Reports on dispensaries and lunatic asylums in the Province of Oudh - 1869-1876
Year: 1869
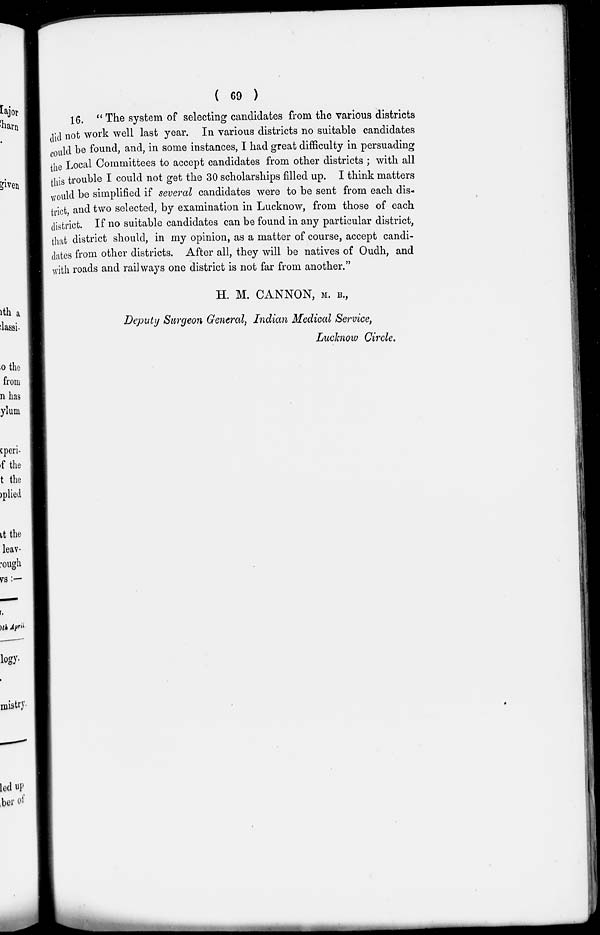
( 69 )
16. " The system of selecting candidates from the various districts
did not work well last year. In various districts no suitable candidates
could be found, and, in some instances, I had great difficulty in persuading
the Local Committees to accept candidates from other districts ; with all
this trouble I could not get the 30 scholarships filled up. I think matters
would be simplified if several candidates were to be sent from each dis-
trict, and two selected, by examination in Lucknow, from those of each
district. If no suitable candidates can be found in any particular district,
that district should, in my opinion, as a matter of course, accept candi-
dates from other districts. After all, they will be natives of Oudh , and
with roads and railways one district is not far from another."
H. M. CANNON, M. B.,
Deputy Surgeon General, Indian Medical Service,
Lucknow Circle.